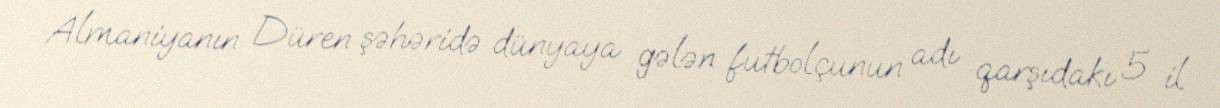
Almaniyanın Düren şəhəridə dünyaya gələn futbolçunun adı qarşıdakı 5 il